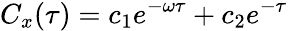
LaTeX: C_{x}(\tau)=c_{1}e^{-\omega\tau}+c_{2}e^{-\tau}